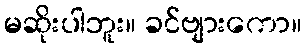
မဆိုးပါဘူး။ ခင်ဗျားကော။